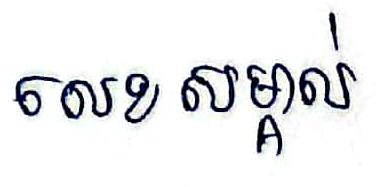
លេខសម្គាល់